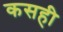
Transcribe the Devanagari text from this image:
कसही